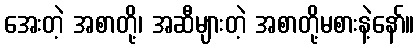
အေးတဲ့ အစာတို့၊ အဆီများတဲ့ အစာတို့မစားနဲ့နော်။